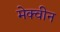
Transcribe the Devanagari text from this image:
मेक्वीन